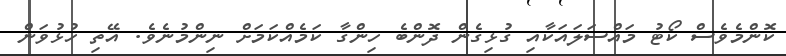
ކޮންމެވެސް ކޯޓު މައްސަލައަކާއި ގުޅިގެން ދޮންބެ ހިންގާ ކަމެއްކަމަށް ނިންމުނެވެ. އޭތި ހުޅުވަން